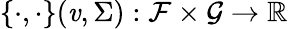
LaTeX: \{ \cdot,\cdot\} (\mathit{v},\Sigma):\mathcal{{F}}\times\mathcal{{G}}\to\mathbb{{R}}